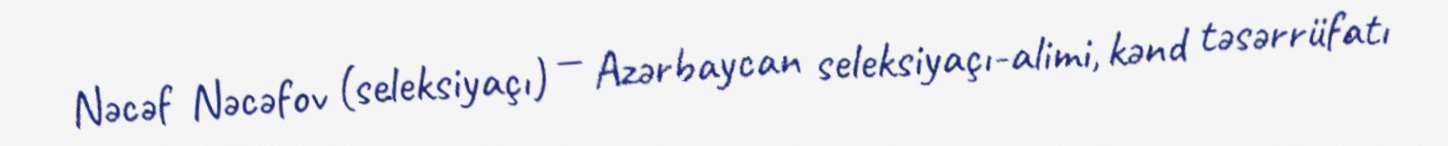
Nəcəf Nəcəfov (seleksiyaçı) — Azərbaycan seleksiyaçı-alimi, kənd təsərrüfatı